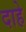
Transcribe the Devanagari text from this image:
दाहे